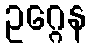
ဥဂ္ဂေန